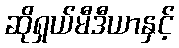
ဆိုရှယ်မီဒီယာနှင့်